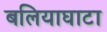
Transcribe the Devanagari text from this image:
बलियाघाटा